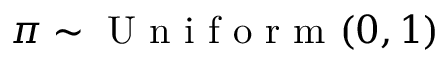
\pi \sim \mathrm { ~ U ~ n ~ i ~ f ~ o ~ r ~ m ~ } ( 0 , 1 )